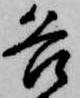
各